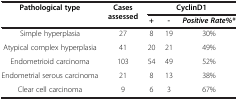
<table><thead><tr><td rowspan="2"><b>Pathological type</b></td><td rowspan="2"><b>Cases assessed</b></td><td colspan="3"><b>CyclinD1</b></td></tr><tr><td><b>+</b></td><td><b>-</b></td><td><b><i>Positive Rate%*</i></b></td></tr></thead><tbody><tr><td>Simple hyperplasia</td><td>27</td><td>8</td><td>19</td><td>30%</td></tr><tr><td>Atypical complex hyperplasia</td><td>41</td><td>20</td><td>21</td><td>49%</td></tr><tr><td>Endometrioid carcinoma</td><td>103</td><td>54</td><td>49</td><td>52%</td></tr><tr><td>Endometrial serous carcinoma</td><td>21</td><td>8</td><td>13</td><td>38%</td></tr><tr><td>Clear cell carcinoma</td><td>9</td><td>6</td><td>3</td><td>67%</td></tr></tbody></table>